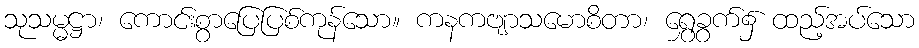
သုသမ္မဋ္ဌာ၊ ကောင်းစွာပြေပြစ်ကုန်သော။ ကနကဗျာသမောစိတာ၊ ရွှေခွက်၌ ထည့်အပ်သော